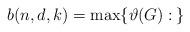
LaTeX: \begin{align*} b(n,d,k)=\max\{\vartheta(G):\: \}\end{align*}